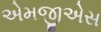
એમજીએસ